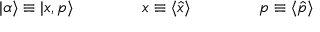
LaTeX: | \alpha \rangle \equiv | x , p \rangle \qquad \qquad x \equiv \langle { \hat { x } } \rangle \qquad \qquad p \equiv \langle { \hat { p } } \rangle